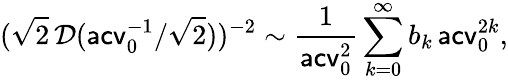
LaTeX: (\sqrt 2\, \mathcal D(\mathsf{acv}_{0}^{-1}/\sqrt 2))^{-2}\sim\frac{1}{\mathsf{acv}_{0}^{2}}\sum_{k=0}^{\infty}b_{k}\, \mathsf{acv}_{0}^{2k},